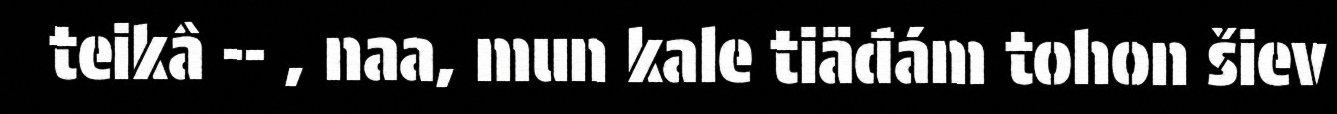
teikâ -- , naa, mun kale tiäđám tohon šiev